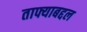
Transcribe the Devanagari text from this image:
ताफ्याबद्दल